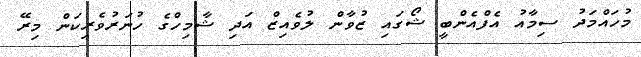
މުހައްމަދު ސިމާއު އެފްއެންބީ ޝޯގައި ޒުވާން ލުވެއިޒް އަދި ޝާމިހްގެ ހުނަރުވެރިކަން މިރޭ